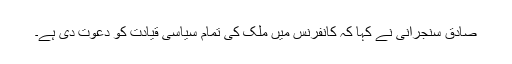
صادق سنجرانی نے کہا کہ کانفرنس میں ملک کی تمام سیاسی قیادت کو دعوت دی ہے۔